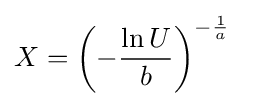
X=\left(-{\frac {\ln U}{b}}\right)^{-{\frac {1}{a}}}\